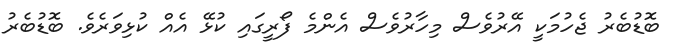
ބޮޑުބެރު ޖެހުމަކީ އޭރުވެސް މިހާރުވެސް އެންމެ ފޯރީގައި ކުޅޭ އެއް ކުޅިވަރެވެ. ބޮޑުބެރު